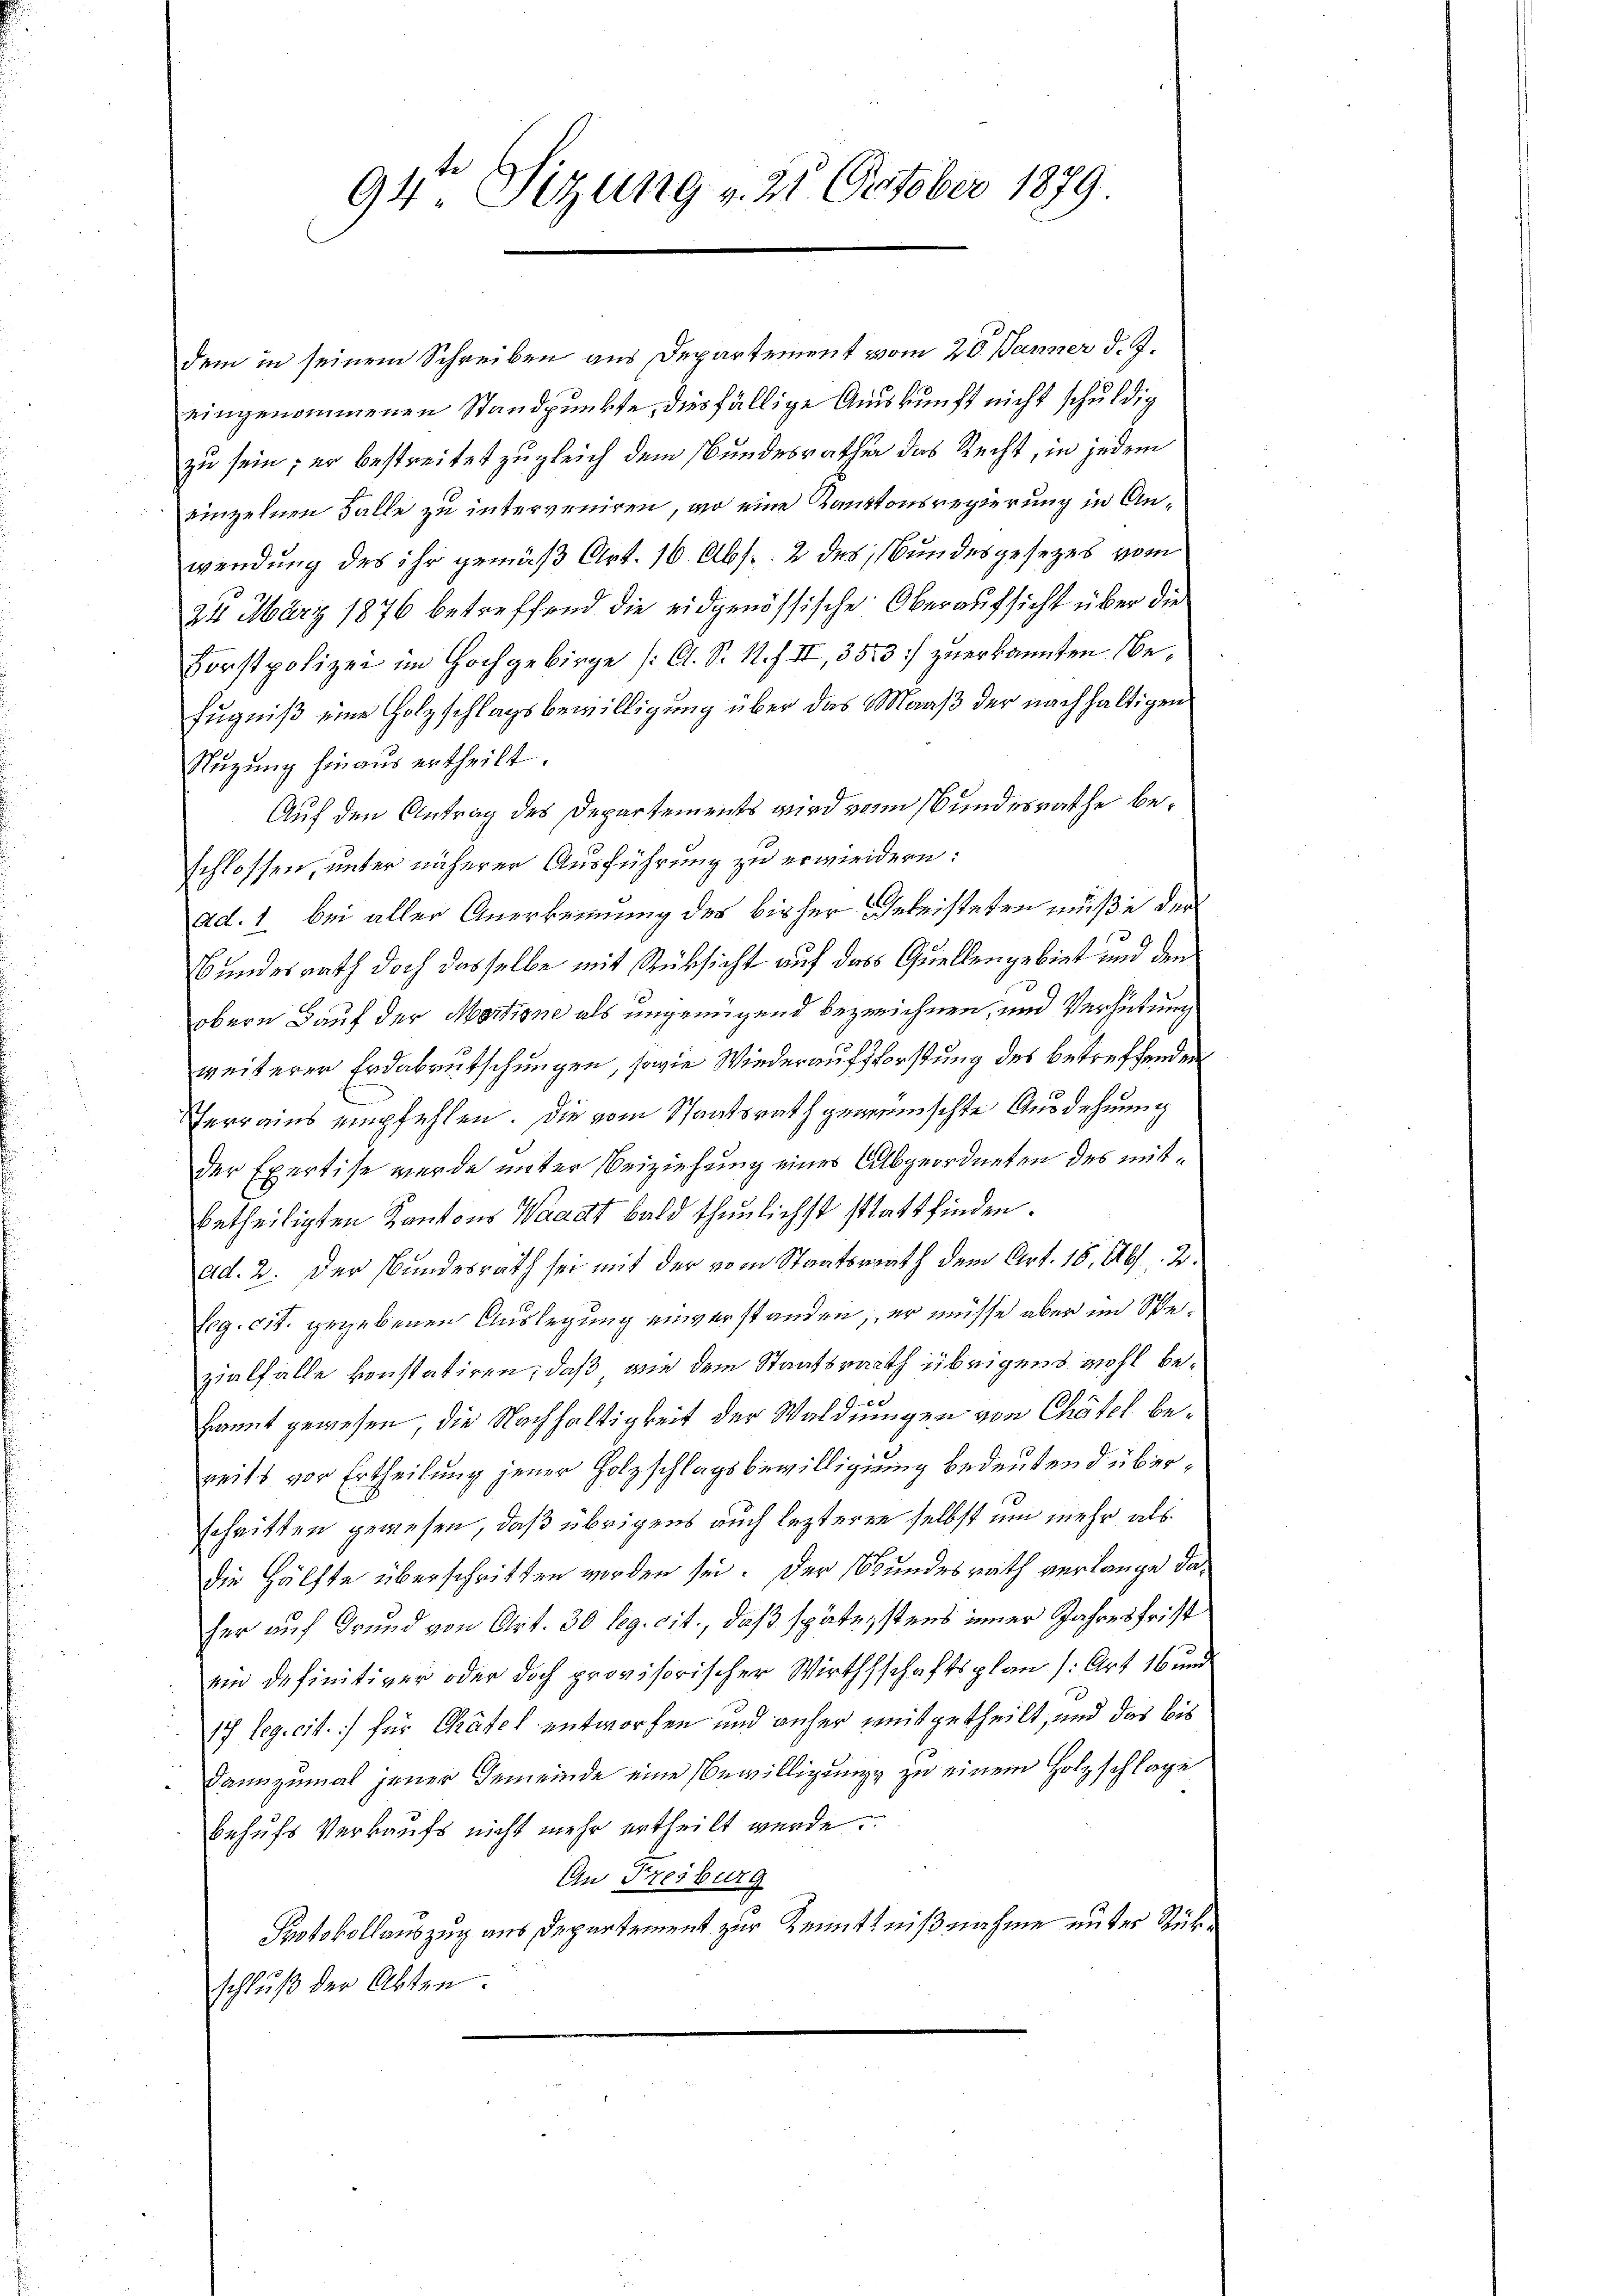
94te Sitzung v. 21. October 1879

dem in seinem Schreiben aus Departement vom 20. Jänner d. J.
eingenommenen Standpunkte, diesfällige Auskunft nicht schuldig
zu sein; er bestreitet zugleich dem Bundesrathe das Recht, in jedem
einzelnen Falle zu interveniren, wo eine Kantonsregierung in Anwendung des ihr gemäß Art. 16 Abs. 2 des Bundesgesezes vom
24 März 1876 betreffend die eidgenössische Oberaufsicht über die
Forstpolizei im Hochgebirge /: A. S. 1. II, 3523 :/ zuerkannten Befugniß eine Holzschlagsbewilligung über das Maaß der nachhaltigen
Nuzung hinaus ertheilt.
Auf den Antrag des Departements wird von Bundesrathe beschlossen, unter näherer Ausführung zu erwiedern:
ad. 1 bei aller Anerkennung des bisher Geleisteten müße der
Bundesrath doch dasselbe mit Rücksicht auf das Quellengebiet und den
obern Bauf der Mortione als ungenügend bezeichnen, und Verhütung
weiterer Erdabrutschungen, sowie Wiederaufforstung des betreffenden
Ferrains empfehlen. Die vom Staatsrath gewünschte Ausdehnung
der Exertise wurde unter Beiziehung eines Abgeordneten des mitbetheiligten Kantons Waadt bald thunlichst stattfinden.
ad. 2. Der Bundesrath sei mit der vom Staatsrath dem Art. 18. Abs. 2.
Erg. cit. gegebenen Auslegung einverstanden, er müsse aber im Spezialfalle konstatiren, daß wie dem Staatsrath übrigens wohl be¬
Eamnt gewesen, die Nachhaltigkeit der Waldungen von Chätel bereits vor Ertheilung jener Holzschlagsbewilligung bedeutend überschritten gewesen, daß übrigens auch lezteren selbst um mehr als
die Hälfte überschritten werden sei. Der Bundesrath verlange daher auf Grund von Art. 30 leg. cit., daß späterstens einer Jahresfrist
ein definitiver oder doch provisorischer Wirthsschaftsplan (: Art 16 und
17 leg. cit. für Chatel entworfen und anher zeitgetheilt, und das bis
dannzumal jener Gemeinde eine Bewilligung zu einem Holzschlage
behufs Verkaufs nicht mehr ertheilt wurde.
An Freiburg
Protokollauszug aus Departement zur Kenntnißnahme unter Rükschluß der Absten.